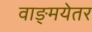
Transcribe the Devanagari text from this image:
वाङ्मयेतर